King Institute of Preventive Medicine Micro-Biological Section reports 1909-11
Year: 1909
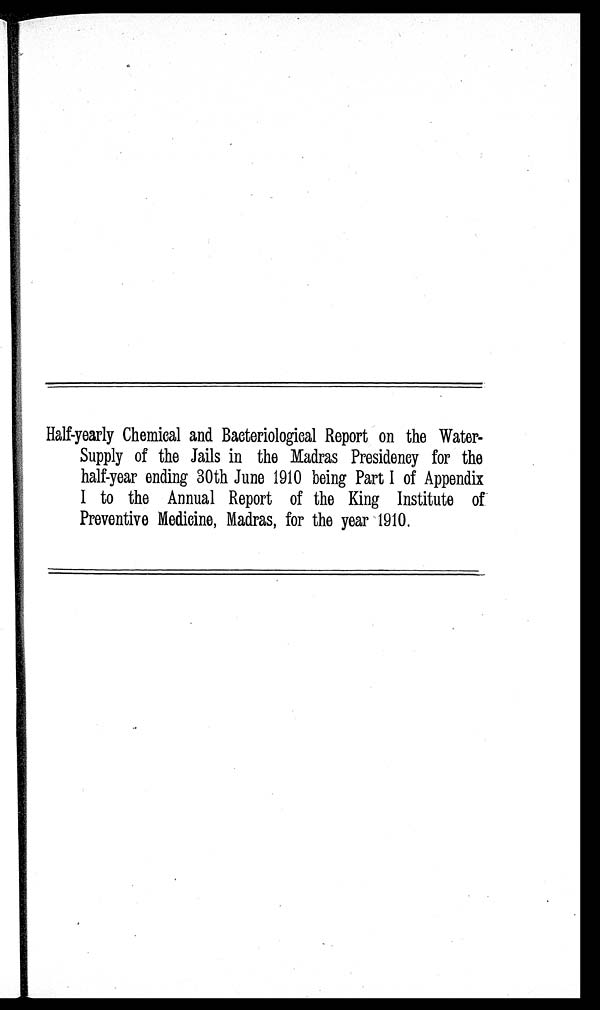
Half-yearly Chemical and Bacteriological Report on the Water-
Supply of the Jails in the Madras Presidency for the
half-year ending 30th June 1910 being Part I of Appendix
I to the Annual Report of the King Institute of
Preventive Medicine, Madras, for the year -1910,